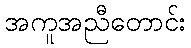
အကူအညီတောင်း